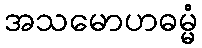
အသမောဟဓမ္မံ